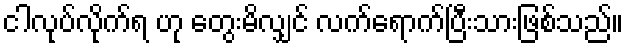
ငါလုပ်လိုက်ရ ဟု တွေးမိလျှင် လက်ရောက်ပြီးသားဖြစ်သည်။